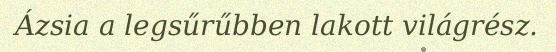
Ázsia a legsűrűbben lakott világrész.